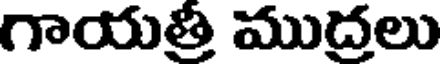
గాయత్రీ ముద్రలు